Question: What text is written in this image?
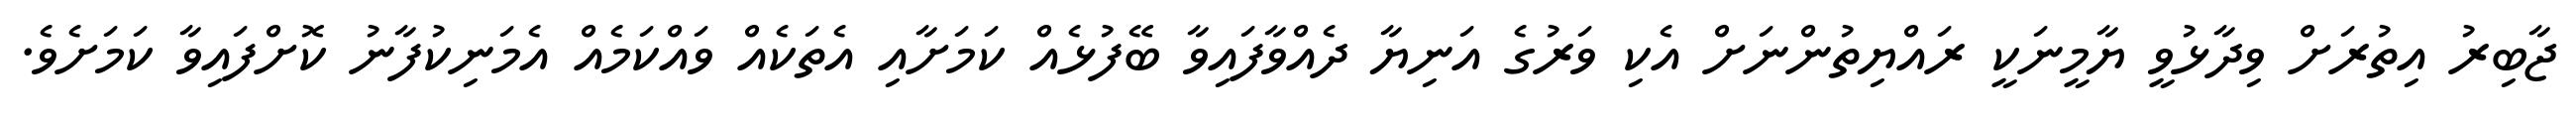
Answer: ޖާބިރު އިތުރަށް ވިދާޅުވީ ޔާމީނަކީ ރައްޔިތުންނަށް އެކި ވަރުގެ އަނިޔާ ދެއްވާފައިވާ ބޭފުޅެއް ކަމަށާއި އެތަކެއް ވައްކަމެއް އެމަނިކުފާނު ކޮށްފައިވާ ކަމަށެވެ.